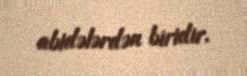
abidələrdən biridir.